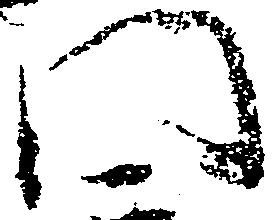
門